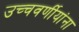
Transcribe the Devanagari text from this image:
उच्चवर्णीयांना